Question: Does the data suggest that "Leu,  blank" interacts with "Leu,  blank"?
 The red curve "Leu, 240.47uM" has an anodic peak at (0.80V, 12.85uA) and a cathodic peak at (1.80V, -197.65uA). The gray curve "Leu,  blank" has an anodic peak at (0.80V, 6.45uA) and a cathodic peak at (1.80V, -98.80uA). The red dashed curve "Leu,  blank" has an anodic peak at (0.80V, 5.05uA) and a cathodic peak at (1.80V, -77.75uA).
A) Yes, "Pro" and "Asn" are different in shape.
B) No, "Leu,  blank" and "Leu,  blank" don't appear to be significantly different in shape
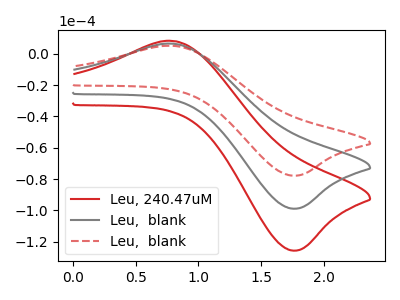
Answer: <think>All the peaks in "Leu,  blank" have a peak in "Leu,  blank" at the same potential. Every peak in "Leu,  blank" is lower than every peak in "Leu,  blank".
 </think>
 <answer>B) No, "Leu,  blank" and "Leu,  blank" don't appear to be significantly different in shape</answer>
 <eval>B</eval>